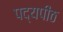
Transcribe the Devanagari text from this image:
पद्यपीठ